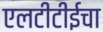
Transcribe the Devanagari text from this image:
एलटीटीईचा